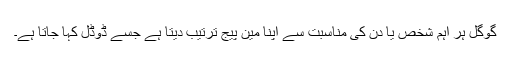
گوگل ہر اہم شخص یا دن کی مناسبت سے اپنا مین پیج ترتیب دیتا ہے جسے ڈوڈل کہا جاتا ہے۔